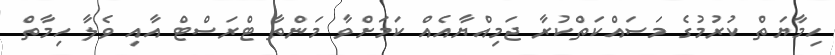
ހިމާޔަތް ކުރުމުގެ މަސައްކަތްކުރާ ޖަމިއްޔާއެއް ކަމަށްވާ މަންތާ ޓްރަސްޓް އާއި ވެލާ ހިމާތް